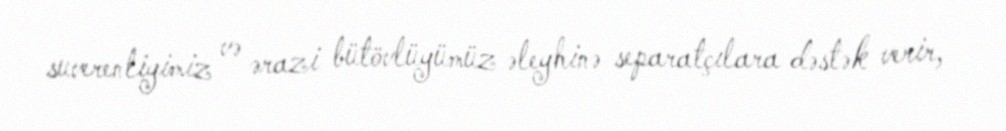
suverenliyimiz və ərazi bütövlüyümüz əleyhinə separatçılara dəstək verir,